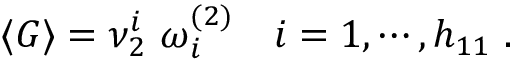
\langle G \rangle = \nu _ { 2 } ^ { i } \ \omega _ { i } ^ { ( 2 ) } \quad i = 1 , \cdots , h _ { 1 1 } \ .